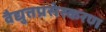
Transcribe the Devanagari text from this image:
वैद्युतप्रसंस्करण